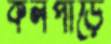
কলপাড়ে